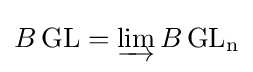
B\operatorname {GL} =\varinjlim B\operatorname {GL_{n}}